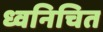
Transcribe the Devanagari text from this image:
ध्वनिचित